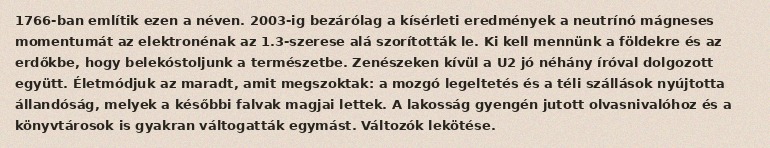
1766-ban említik ezen a néven. 2003-ig bezárólag a kísérleti eredmények a neutrínó mágneses momentumát az elektronénak az 1.3-szerese alá szorították le. Ki kell mennünk a földekre és az erdőkbe, hogy belekóstoljunk a természetbe. Zenészeken kívül a U2 jó néhány íróval dolgozott együtt. Életmódjuk az maradt, amit megszoktak: a mozgó legeltetés és a téli szállások nyújtotta állandóság, melyek a későbbi falvak magjai lettek. A lakosság gyengén jutott olvasnivalóhoz és a könyvtárosok is gyakran váltogatták egymást. Változók lekötése.